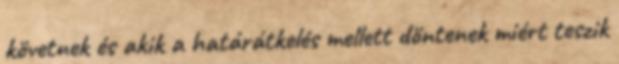
követnek és akik a határátkelés mellett döntenek miért teszik